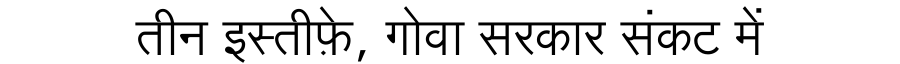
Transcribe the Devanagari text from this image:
तीन इस्तीफ़े, गोवा सरकार संकट में